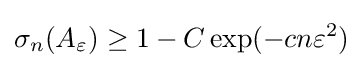
\sigma _{n}(A_{\varepsilon })\geq 1-C\exp(-cn\varepsilon ^{2})